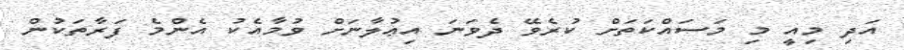
އަދި މިއީ މި މަސައްކަތަށް ކުރެވޭ ދެވަނަ އިޢުލާނަށް ވުމާއެކު އެންމެ ފަރާތަކުން